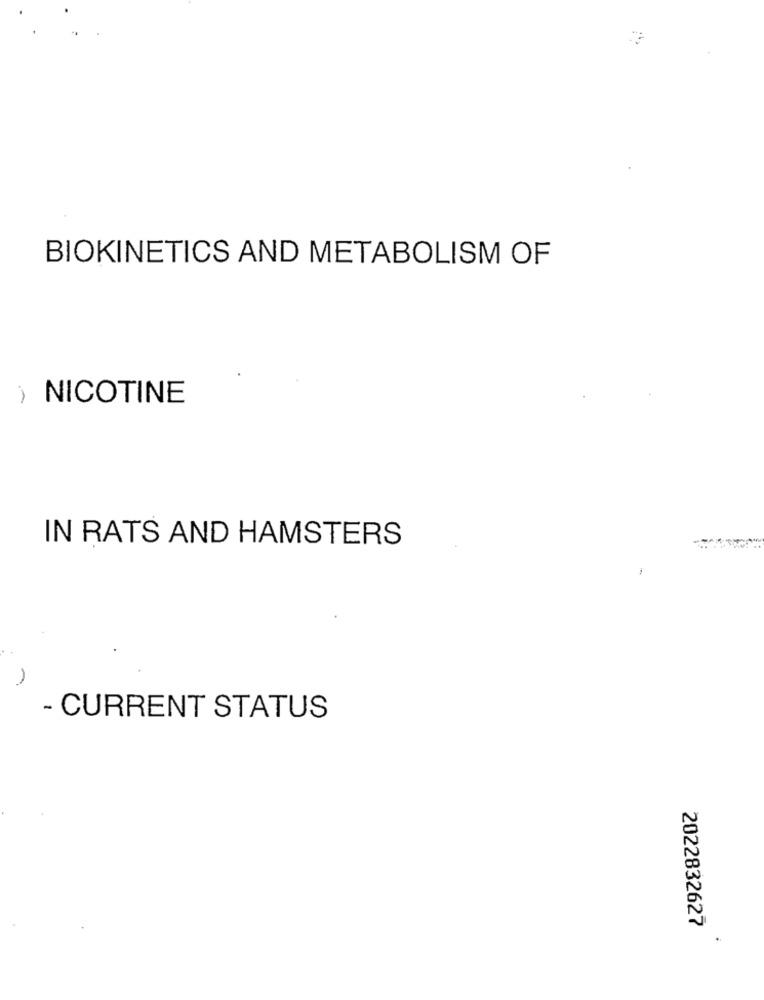
BIOKINETICS AND METABOLISM OF
) NICOTINE
IN RATS AND HAMSTERS
- CURRENT STATUS
2022832627